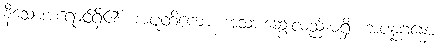
နီသောအရောင်ရှိ၏။ အပူတိကော၊ အသားဆွေးလည်းမရှိ။ အပန္နဂန္ဓော၊